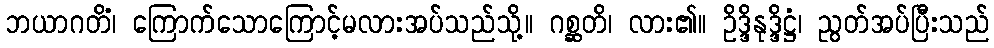
ဘယာဂတိံ၊ ကြောက်သောကြောင့်မလားအပ်သည်သို့။ ဂစ္ဆတိ၊ လား၏။ ဥိဒ္ဒိနုဒ္ဒိဋ္ဌံ၊ ညွတ်အပ်ပြီးသည်